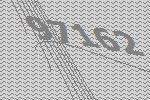
97162